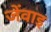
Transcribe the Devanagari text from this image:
जेंवाइ